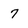
Character: 7